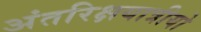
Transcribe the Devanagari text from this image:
अंतरिक्षयात्रीयो